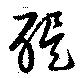
醍